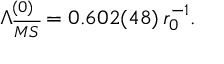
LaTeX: \Lambda _ { \overline { { { M S } } } } ^ { ( 0 ) } = 0 . 6 0 2 ( 4 8 ) \, r _ { 0 } ^ { - 1 } .